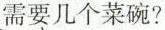
需要几个菜碗？